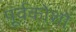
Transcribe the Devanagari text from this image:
पूर्वकोशों